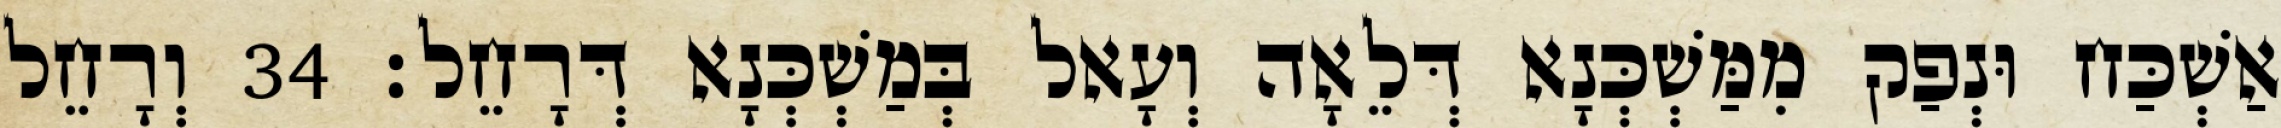
אַשְׁכַּח וּנְפַק מִמַּשְׁכְּנָא דְּלֵאָה וְעָאל בְּמַשְׁכְּנָא דְּרָחֵל׃ 34 וְרָחֵל